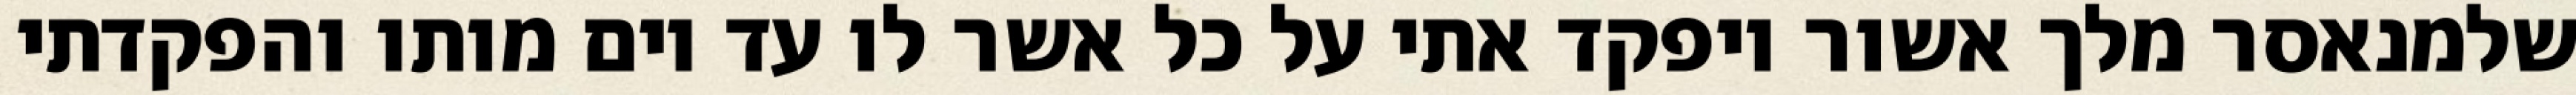
שלמנאסר מלך אשור ויפקד אתי על כל אשר לו עד יום מותו והפקדתי